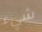
شيء